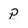
Character: p